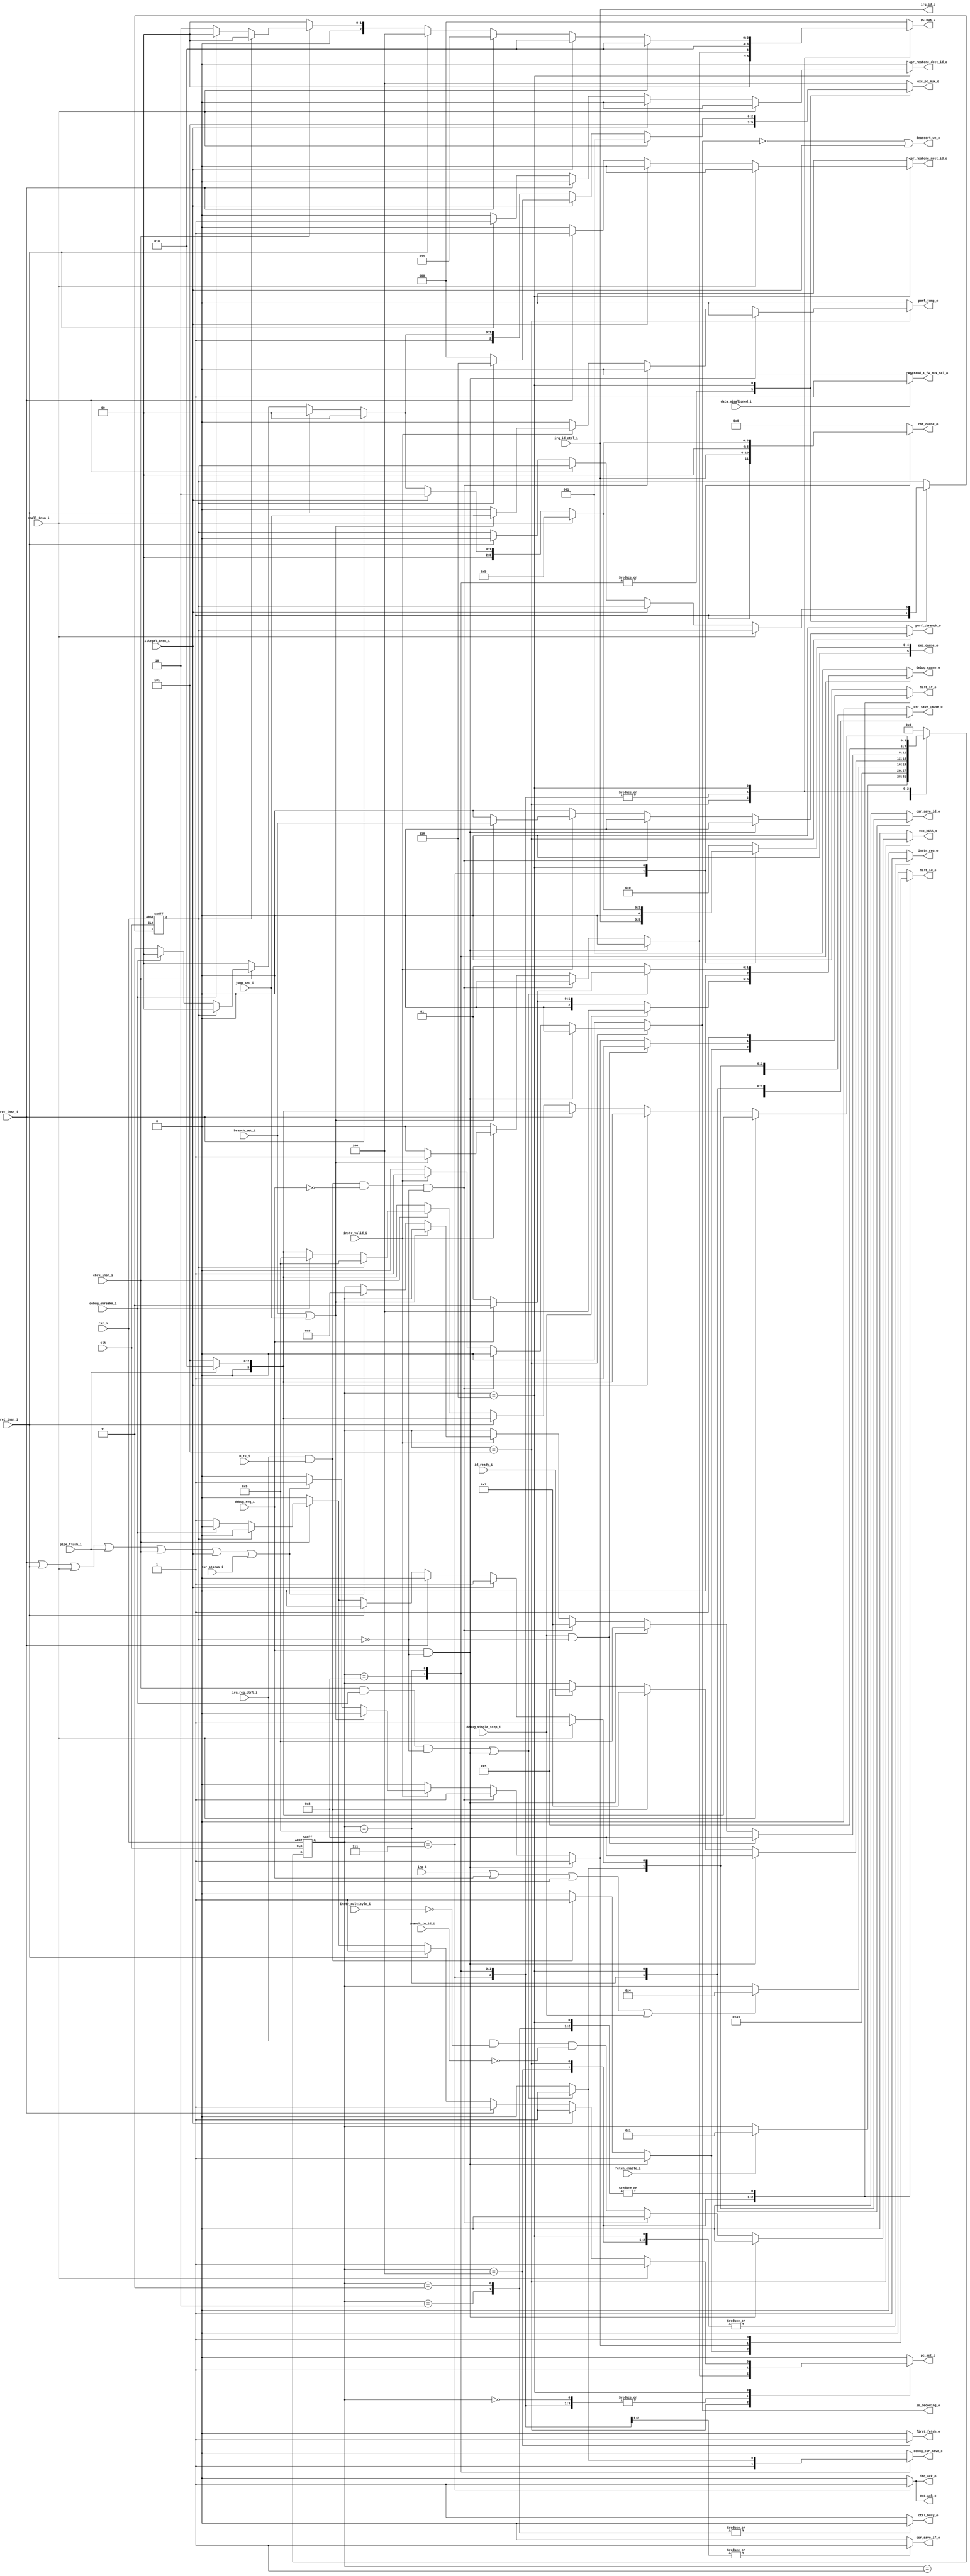
module flexbex_ibex_controller (
	clk,
	rst_n,
	fetch_enable_i,
	ctrl_busy_o,
	first_fetch_o,
	is_decoding_o,
	deassert_we_o,
	illegal_insn_i,
	ecall_insn_i,
	mret_insn_i,
	dret_insn_i,
	pipe_flush_i,
	ebrk_insn_i,
	csr_status_i,
	instr_valid_i,
	instr_req_o,
	pc_set_o,
	pc_mux_o,
	exc_pc_mux_o,
	data_misaligned_i,
	branch_in_id_i,
	branch_set_i,
	jump_set_i,
	instr_multicyle_i,
	irq_i,
	irq_req_ctrl_i,
	irq_id_ctrl_i,
	m_IE_i,
	irq_ack_o,
	irq_id_o,
	exc_cause_o,
	exc_ack_o,
	exc_kill_o,
	debug_req_i,
	debug_cause_o,
	debug_csr_save_o,
	debug_single_step_i,
	debug_ebreakm_i,
	csr_save_if_o,
	csr_save_id_o,
	csr_cause_o,
	csr_restore_mret_id_o,
	csr_restore_dret_id_o,
	csr_save_cause_o,
	operand_a_fw_mux_sel_o,
	halt_if_o,
	halt_id_o,
	id_ready_i,
	perf_jump_o,
	perf_tbranch_o
);
	input wire clk;
	input wire rst_n;
	input wire fetch_enable_i;
	output reg ctrl_busy_o;
	output reg first_fetch_o;
	output reg is_decoding_o;
	output wire deassert_we_o;
	input wire illegal_insn_i;
	input wire ecall_insn_i;
	input wire mret_insn_i;
	input wire dret_insn_i;
	input wire pipe_flush_i;
	input wire ebrk_insn_i;
	input wire csr_status_i;
	input wire instr_valid_i;
	output reg instr_req_o;
	output reg pc_set_o;
	output reg [2:0] pc_mux_o;
	output reg [2:0] exc_pc_mux_o;
	input wire data_misaligned_i;
	input wire branch_in_id_i;
	input wire branch_set_i;
	input wire jump_set_i;
	input wire instr_multicyle_i;
	input wire irq_i;
	input wire irq_req_ctrl_i;
	input wire [4:0] irq_id_ctrl_i;
	input wire m_IE_i;
	output reg irq_ack_o;
	output reg [4:0] irq_id_o;
	output reg [5:0] exc_cause_o;
	output reg exc_ack_o;
	output reg exc_kill_o;
	input wire debug_req_i;
	output reg [2:0] debug_cause_o;
	output reg debug_csr_save_o;
	input wire debug_single_step_i;
	input wire debug_ebreakm_i;
	output reg csr_save_if_o;
	output reg csr_save_id_o;
	output reg [5:0] csr_cause_o;
	output reg csr_restore_mret_id_o;
	output reg csr_restore_dret_id_o;
	output reg csr_save_cause_o;
	output wire operand_a_fw_mux_sel_o;
	output reg halt_if_o;
	output reg halt_id_o;
	input wire id_ready_i;
	output reg perf_jump_o;
	output reg perf_tbranch_o;
	reg [3:0] ctrl_fsm_cs;
	reg [3:0] ctrl_fsm_ns;
	reg irq_enable_int;
	reg debug_mode_q;
	reg debug_mode_n;
	function automatic [5:0] sv2v_cast_6;
		input reg [5:0] inp;
		sv2v_cast_6 = inp;
	endfunction
	always @(*) begin
		instr_req_o = 1'b1;
		exc_ack_o = 1'b0;
		exc_kill_o = 1'b0;
		csr_save_if_o = 1'b0;
		csr_save_id_o = 1'b0;
		csr_restore_mret_id_o = 1'b0;
		csr_restore_dret_id_o = 1'b0;
		csr_save_cause_o = 1'b0;
		exc_cause_o = 6'h00;
		exc_pc_mux_o = 3'd4;
		csr_cause_o = 6'h00;
		pc_mux_o = 3'd0;
		pc_set_o = 1'b0;
		ctrl_fsm_ns = ctrl_fsm_cs;
		ctrl_busy_o = 1'b1;
		is_decoding_o = 1'b0;
		first_fetch_o = 1'b0;
		halt_if_o = 1'b0;
		halt_id_o = 1'b0;
		irq_ack_o = 1'b0;
		irq_id_o = irq_id_ctrl_i;
		irq_enable_int = m_IE_i;
		debug_csr_save_o = 1'b0;
		debug_cause_o = 3'h1;
		debug_mode_n = debug_mode_q;
		perf_tbranch_o = 1'b0;
		perf_jump_o = 1'b0;
		case (ctrl_fsm_cs)
			4'd0: begin
				instr_req_o = 1'b0;
				pc_mux_o = 3'd0;
				pc_set_o = 1'b1;
				if (fetch_enable_i)
					ctrl_fsm_ns = 4'd1;
			end
			4'd1: begin
				instr_req_o = 1'b1;
				pc_mux_o = 3'd0;
				pc_set_o = 1'b1;
				ctrl_fsm_ns = 4'd4;
			end
			4'd2: begin
				ctrl_busy_o = 1'b0;
				instr_req_o = 1'b0;
				halt_if_o = 1'b1;
				halt_id_o = 1'b1;
				ctrl_fsm_ns = 4'd3;
			end
			4'd3: begin
				ctrl_busy_o = 1'b0;
				instr_req_o = 1'b0;
				halt_if_o = 1'b1;
				halt_id_o = 1'b1;
				if (((irq_i || debug_req_i) || debug_mode_q) || debug_single_step_i)
					ctrl_fsm_ns = 4'd4;
			end
			4'd4: begin
				first_fetch_o = 1'b1;
				if (id_ready_i)
					ctrl_fsm_ns = 4'd5;
				if (irq_req_ctrl_i && irq_enable_int) begin
					ctrl_fsm_ns = 4'd7;
					halt_if_o = 1'b1;
					halt_id_o = 1'b1;
				end
				if (debug_req_i && !debug_mode_q) begin
					ctrl_fsm_ns = 4'd8;
					halt_if_o = 1'b1;
					halt_id_o = 1'b1;
				end
			end
			4'd5: begin
				is_decoding_o = 1'b0;
				case (1'b1)
					debug_req_i && !debug_mode_q: begin
						ctrl_fsm_ns = 4'd9;
						halt_if_o = 1'b1;
						halt_id_o = 1'b1;
					end
					((irq_req_ctrl_i && irq_enable_int) && !debug_req_i) && !debug_mode_q: begin
						ctrl_fsm_ns = 4'd7;
						halt_if_o = 1'b1;
						halt_id_o = 1'b1;
					end
					default: begin
						exc_kill_o = (irq_req_ctrl_i & ~instr_multicyle_i) & ~branch_in_id_i;
						if (instr_valid_i) begin
							is_decoding_o = 1'b1;
							if (branch_set_i || jump_set_i) begin
								pc_mux_o = 3'd1;
								pc_set_o = 1'b1;
								perf_tbranch_o = branch_set_i;
								perf_jump_o = jump_set_i;
							end
							else if ((((((mret_insn_i || dret_insn_i) || ecall_insn_i) || pipe_flush_i) || ebrk_insn_i) || illegal_insn_i) || csr_status_i) begin
								ctrl_fsm_ns = 4'd6;
								halt_if_o = 1'b1;
								halt_id_o = 1'b1;
							end
						end
					end
				endcase
				if (debug_single_step_i && !debug_mode_q) begin
					halt_if_o = 1'b1;
					ctrl_fsm_ns = 4'd8;
				end
			end
			4'd7: begin
				pc_mux_o = 3'd2;
				pc_set_o = 1'b1;
				exc_pc_mux_o = 3'd4;
				exc_cause_o = sv2v_cast_6({1'b0, irq_id_ctrl_i});
				csr_save_cause_o = 1'b1;
				csr_cause_o = sv2v_cast_6({1'b1, irq_id_ctrl_i});
				csr_save_if_o = 1'b1;
				irq_ack_o = 1'b1;
				exc_ack_o = 1'b1;
				ctrl_fsm_ns = 4'd5;
			end
			4'd8: begin
				pc_mux_o = 3'd2;
				pc_set_o = 1'b1;
				exc_pc_mux_o = 3'd5;
				csr_save_if_o = 1'b1;
				debug_csr_save_o = 1'b1;
				csr_save_cause_o = 1'b1;
				if (debug_single_step_i)
					debug_cause_o = 3'h4;
				else if (debug_req_i)
					debug_cause_o = 3'h3;
				else if (ebrk_insn_i)
					debug_cause_o = 3'h1;
				debug_mode_n = 1'b1;
				ctrl_fsm_ns = 4'd5;
			end
			4'd9: begin
				pc_mux_o = 3'd2;
				pc_set_o = 1'b1;
				exc_pc_mux_o = 3'd5;
				if (((ebrk_insn_i && debug_ebreakm_i) && !debug_mode_q) || (debug_req_i && !debug_mode_q)) begin
					csr_save_cause_o = 1'b1;
					csr_save_id_o = 1'b1;
					debug_csr_save_o = 1'b1;
					if (debug_req_i)
						debug_cause_o = 3'h3;
					else if (ebrk_insn_i)
						debug_cause_o = 3'h1;
				end
				debug_mode_n = 1'b1;
				ctrl_fsm_ns = 4'd5;
			end
			4'd6: begin
				halt_if_o = 1'b1;
				halt_id_o = 1'b1;
				if (!pipe_flush_i)
					ctrl_fsm_ns = 4'd5;
				else
					ctrl_fsm_ns = 4'd2;
				case (1'b1)
					ecall_insn_i: begin
						pc_mux_o = 3'd2;
						pc_set_o = 1'b1;
						csr_save_id_o = 1'b1;
						csr_save_cause_o = 1'b1;
						exc_pc_mux_o = 3'd1;
						exc_cause_o = 6'h0b;
						csr_cause_o = 6'h0b;
					end
					illegal_insn_i: begin
						pc_mux_o = 3'd2;
						pc_set_o = 1'b1;
						csr_save_id_o = 1'b1;
						csr_save_cause_o = 1'b1;
						if (debug_mode_q)
							exc_pc_mux_o = 3'd6;
						else
							exc_pc_mux_o = 3'd0;
						exc_cause_o = 6'h02;
						csr_cause_o = 6'h02;
					end
					mret_insn_i: begin
						pc_mux_o = 3'd3;
						pc_set_o = 1'b1;
						csr_restore_mret_id_o = 1'b1;
					end
					dret_insn_i: begin
						pc_mux_o = 3'd4;
						pc_set_o = 1'b1;
						debug_mode_n = 1'b0;
						csr_restore_dret_id_o = 1'b1;
					end
					ebrk_insn_i:
						if (debug_mode_q)
							ctrl_fsm_ns = 4'd9;
						else if (debug_ebreakm_i)
							ctrl_fsm_ns = 4'd9;
						else begin
							pc_mux_o = 3'd2;
							pc_set_o = 1'b1;
							csr_save_id_o = 1'b1;
							csr_save_cause_o = 1'b1;
							exc_pc_mux_o = 3'd7;
							exc_cause_o = 6'h03;
							csr_cause_o = 6'h03;
						end
					default:
						;
				endcase
			end
			default: begin
				instr_req_o = 1'b0;
				ctrl_fsm_ns = 4'd0;
			end
		endcase
	end
	assign deassert_we_o = ~is_decoding_o | illegal_insn_i;
	assign operand_a_fw_mux_sel_o = (data_misaligned_i ? 1'd1 : 1'd0);
	always @(posedge clk or negedge rst_n) begin : UPDATE_REGS
		if (!rst_n) begin
			ctrl_fsm_cs <= 4'd0;
			debug_mode_q <= 1'b0;
		end
		else begin
			ctrl_fsm_cs <= ctrl_fsm_ns;
			debug_mode_q <= debug_mode_n;
		end
	end
endmodule